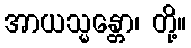
အာယသ္မန္တော၊ တို့။